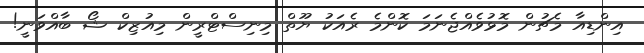
އިންޑިއާ މެޗުން މޮޅުވެއްޖެނަމަ ކޮންމެ ރެއަކު ޔޫތް މިނިސްޓްރީން މިއުޒިކް ޝޯ ބާއްވަނީ!